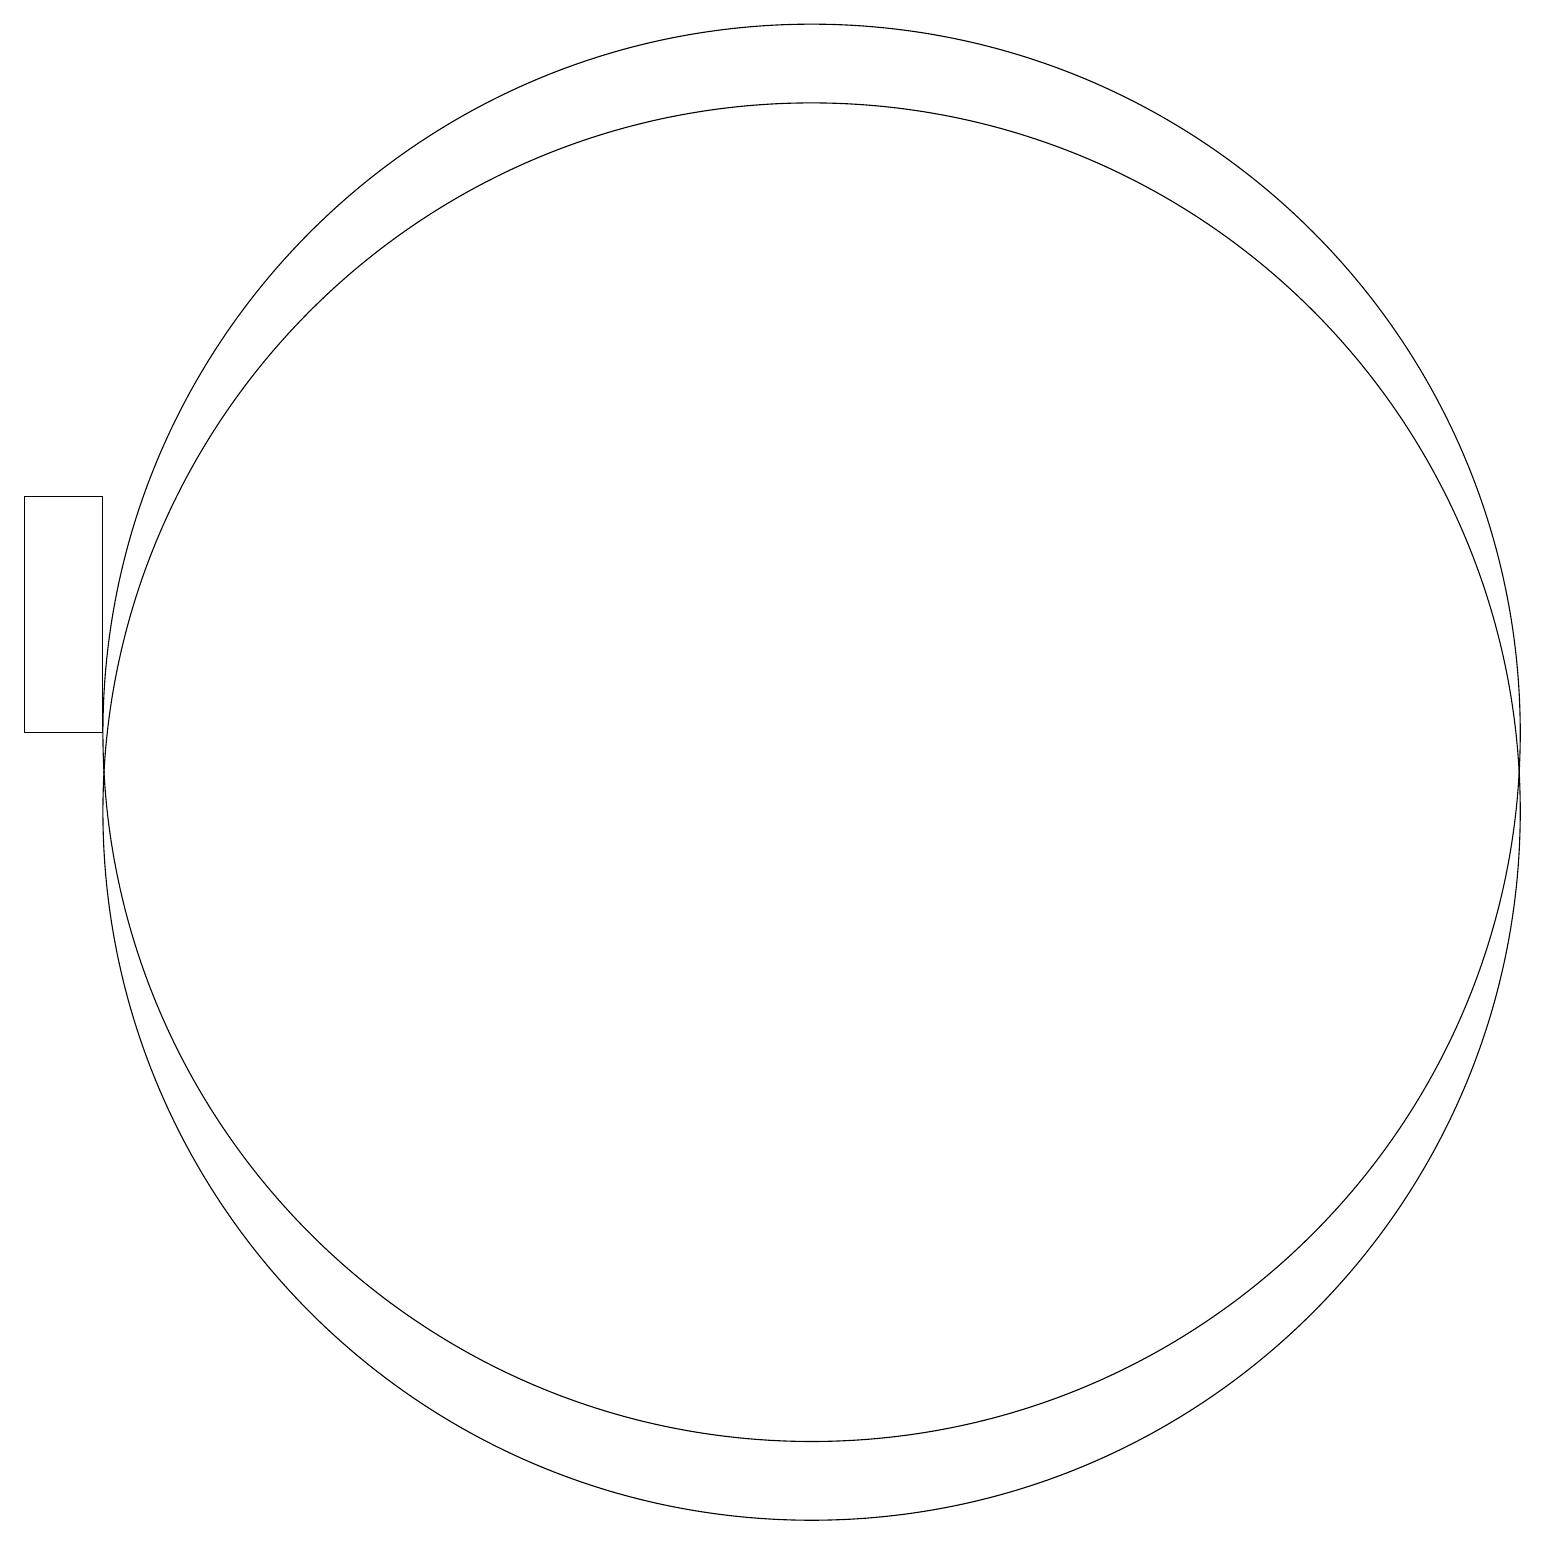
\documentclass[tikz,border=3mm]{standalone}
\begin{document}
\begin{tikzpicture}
\draw (10,11) circle (9);
\draw (10,10) circle (9);
\draw (1,11) rectangle (0,14);
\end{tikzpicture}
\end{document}